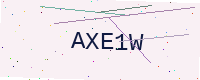
Text: AXE1W